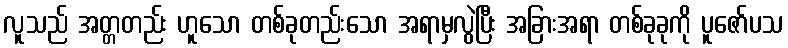
လူသည် အတ္တတည်း ဟူသော တစ်ခုတည်းသော အရာမှလွဲပြီး အခြားအရာ တစ်ခုခုကို ပူဇော်ပသ